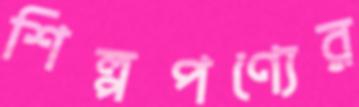
শিল্পপণ্যের